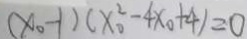
( x _ { 0 } - 1 ) ( x _ { 0 } ^ { 2 } - 4 x _ { 0 } + 4 ) = 0